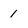
Character: 1